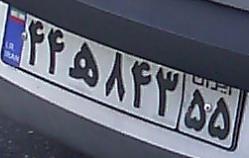
۴۴ه۸۴۳۵۵